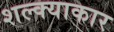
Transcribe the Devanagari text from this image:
शल्क्याकार